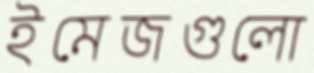
ইমেজগুলো